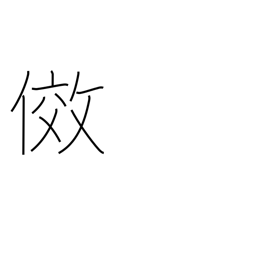
Meaning: emulate